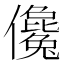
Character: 儳